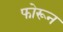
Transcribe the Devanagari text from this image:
फोरून